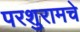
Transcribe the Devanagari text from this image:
परशुरामचे